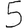
Digit: 5